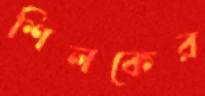
শিলকের